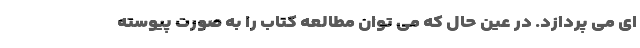
ای می پردازد. در عین حال که می توان مطالعه کتاب را به صورت پیوسته